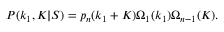
P ( k _ { 1 } , K | S ) = p _ { n } ( k _ { 1 } + K ) \Omega _ { 1 } ( k _ { 1 } ) \Omega _ { n - 1 } ( K ) .